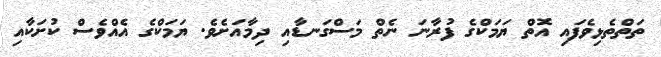
ތަތްތެޅިވެފައި އޮތް ޔަމަކްގެ ފުރާނަ ނެތް މަސްގަނޑާއި ދިމާއަށެވެ. ޔަމަކްގެ އެއްވެސް ކުށަކާއި